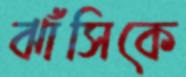
ঝাঁসিকে